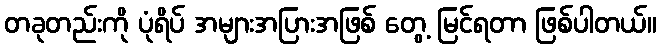
တခုတည်းကို ပုံရိပ် အများအပြားအဖြစ် တွေ့ မြင်ရတာ ဖြစ်ပါတယ်။